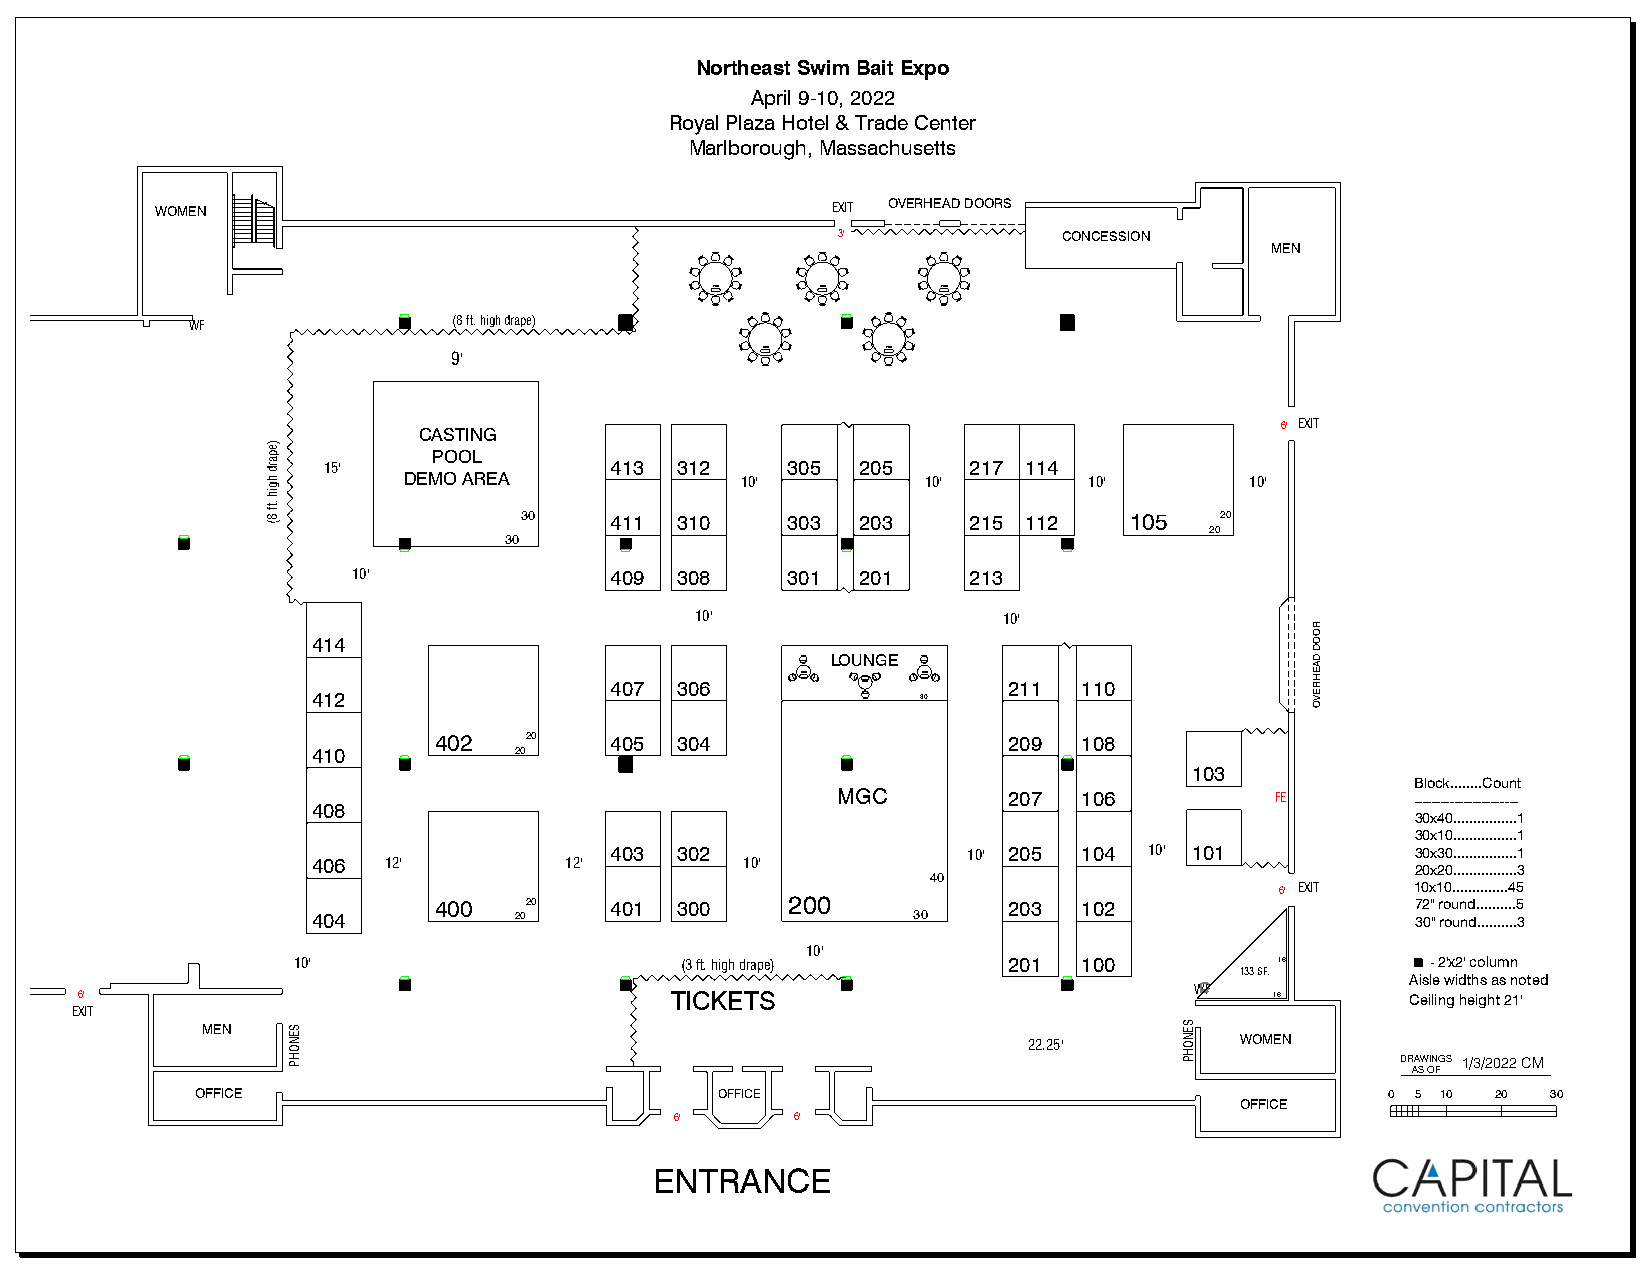
Northeast Swim Bait Expo
 April 9-10, 2022
 Royal Plaza Hotel & Trade Center
 Marlborough, Massachusetts
 WOMEN                                        EXIT OVERHEAD DOORS
 3'             CONCESSION
 MEN
 72in   72in    72in
 WF               (8 ft. high drape)
 9'                  72in     72in
 CASTING                                                  6' EXIT
 POOL
 15'                413  312    305  205    217 114
 DEMO AREA             10'         10'        10'        10'
 30    411  310    303  203    215 112    105   20
 20
 30
 10'              409  308    301  201    213
 10'                 10'
 414
 LOUNGE
 30in    30in
 407  306         30in      211  110
 412                                     30
 402   20   405  304                   209  108
 410          20
 103
 Block........Count
 MGC         207  106         FE        -----------------------
 408
 30x40................1
 30x10................1
 403  302                10' 205 104 10' 101           30x30................1
 406 12'         12'         10'
 20x20................3
 40
 6' EXIT  10x10..............45
 400   20   401  300    200            203  102                   72" round..........5
 404          20                        30                                30" round..........3
 10'
 10'                       (3 ft. high drape)    201  100          16        - 2'x2' column
 133 SF.
 Aisle widths as noted
 6'                                     TICKETS                            WF   16       Ceiling height 21'
 EXIT
 MEN
 22.25'        WOMEN
 DRAWINGS 1/3/2022 CM
 AS OF
 OFFICE                             OFFICE                                      0 5 10 20  30
 OFFICE
 6'      6'
 ENTRANCE
 )epard
 hgih
 .tf
 8(
 SENOHP                                                     SENOHP
 ROOD
 DAEHREVO